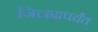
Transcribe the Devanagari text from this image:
जिल्ह्यापर्यंत